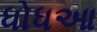
ધોધઆ